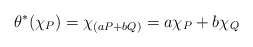
\begin{align*}\theta^*(\chi_P)=\chi_{(aP+bQ)}=a\chi_P+b\chi_Q\end{align*}